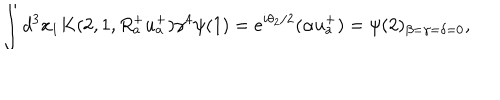
\int d ^ { 3 } x _ { 1 } K ( 2 , 1 , R _ { a } ^ { + } u _ { a } ^ { + } ) \gamma ^ { 4 } \psi ( 1 ) = e ^ { i \theta _ { 2 } / 2 } ( \alpha u _ { a } ^ { + } ) = \psi ( 2 ) _ { \beta = \gamma = \delta = 0 } ,